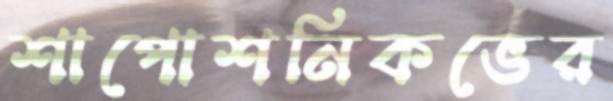
শাপোশনিকভের